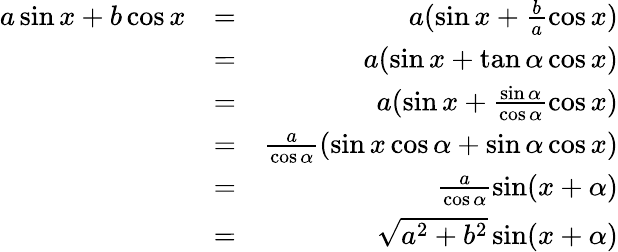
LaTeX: \begin{array}{rlr}{a\sin x+b\cos x}&{=}&{a(\sin x+\frac{b}{a}\cos x)}\\ &{=}&{a(\sin x+\tan\alpha\cos x)}\\ &{=}&{a(\sin x+\frac{\sin\alpha}{\cos\alpha}\cos x)}\\ &{=}&{\frac{a}{\cos\alpha}(\sin x\cos\alpha+\sin\alpha\cos x)}\\ &{=}&{\frac{a}{\cos\alpha}\sin(x+\alpha)}\\ &{=}&{\sqrt{a^{2}+b^{2}}\sin(x+\alpha)}\end{array}